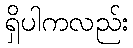
ရှိပါကလည်း